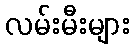
လမ်းမီးများ